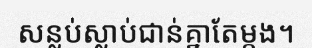
សន្លប់ស្លាប់ជាន់គ្នាតែម្តង។